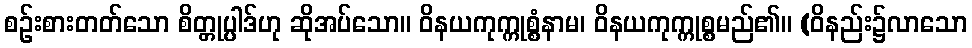
စဉ်းစားတတ်သော စိတ္တုပ္ပါဒ်ဟု ဆိုအပ်သော။ ဝိနယကုက္ကုစ္စံနာမ၊ ဝိနယကုက္ကုစ္စမည်၏။ (ဝိနည်း၌လာသော